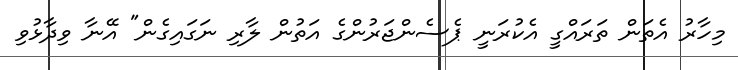
މިހާރު އެތަން ތަރައްގީ އެކުރަނީ ޕެސެންޖަރުންގެ އަތުން ލާރި ނަގައިގެން" އޭނާ ވިދާޅުވި